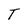
Character: T